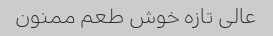
عالی تازه خوش طعم ممنون